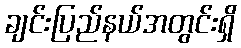
ချင်းပြည်နယ်အတွင်းရှိ